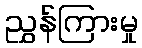
ညွှန်ကြားမှု